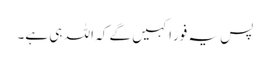
پس یہ فورًا کہیں گے کہ اللہ ہی ہے۔